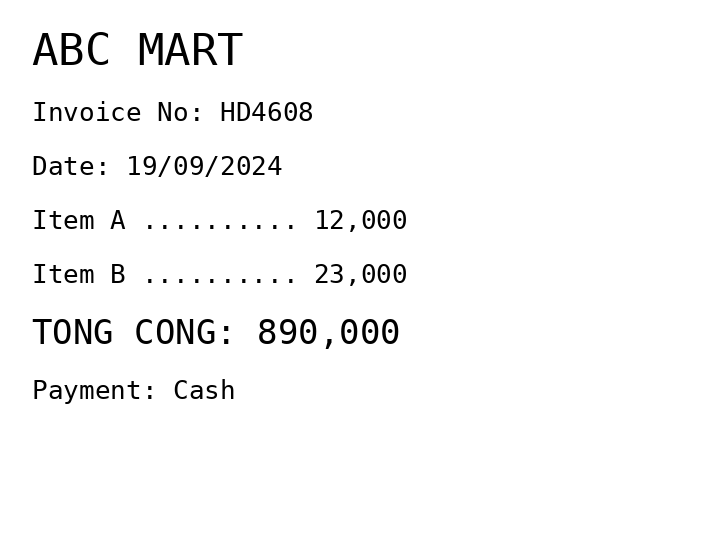
ABC MART
Invoice No: HD4608
Date: 19/09/2024
Item A .......... 12,000
Item B .......... 23,000
TONG CONG: 890,000
Payment: Cash
Merchant: abc mart
Date: 2024-09-19
Total: 890000
Invoice No: HD4608
Payment method: CASH